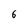
Character: 6